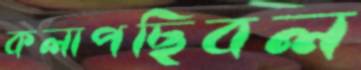
কলাপছিবল